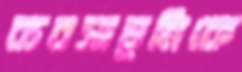
ব্যবসাভূমিকে